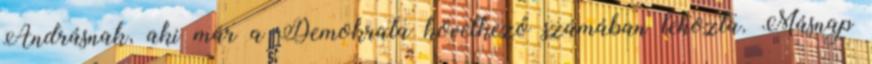
Andrásnak, aki már a Demokrata következő számában lehozta. Másnap